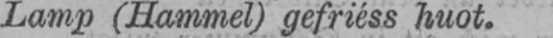
Lamp (Hammel) gefriéss huot.